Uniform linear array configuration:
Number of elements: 8
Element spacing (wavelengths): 1
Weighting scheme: kaiser
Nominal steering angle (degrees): -30
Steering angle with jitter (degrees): -30.17
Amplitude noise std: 0.05
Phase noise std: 0.05

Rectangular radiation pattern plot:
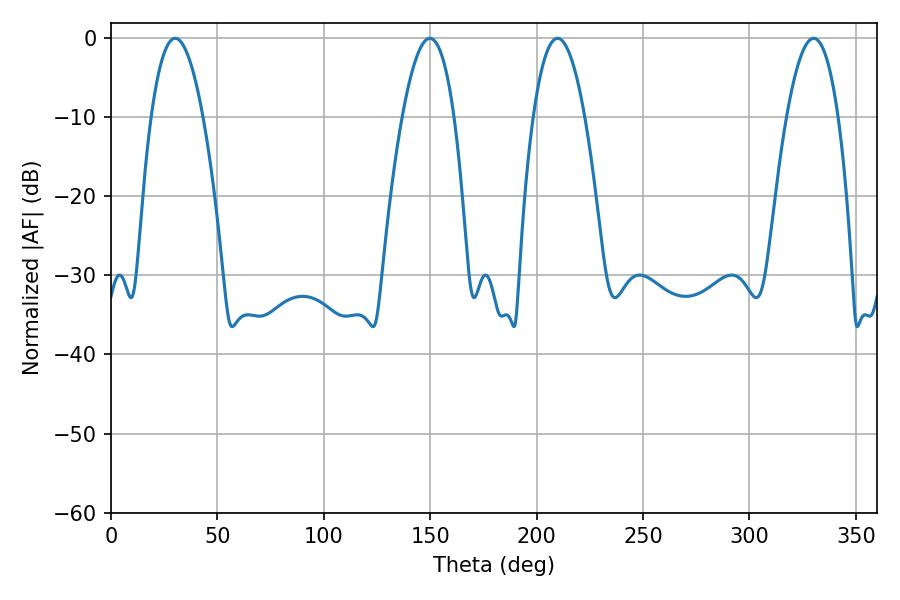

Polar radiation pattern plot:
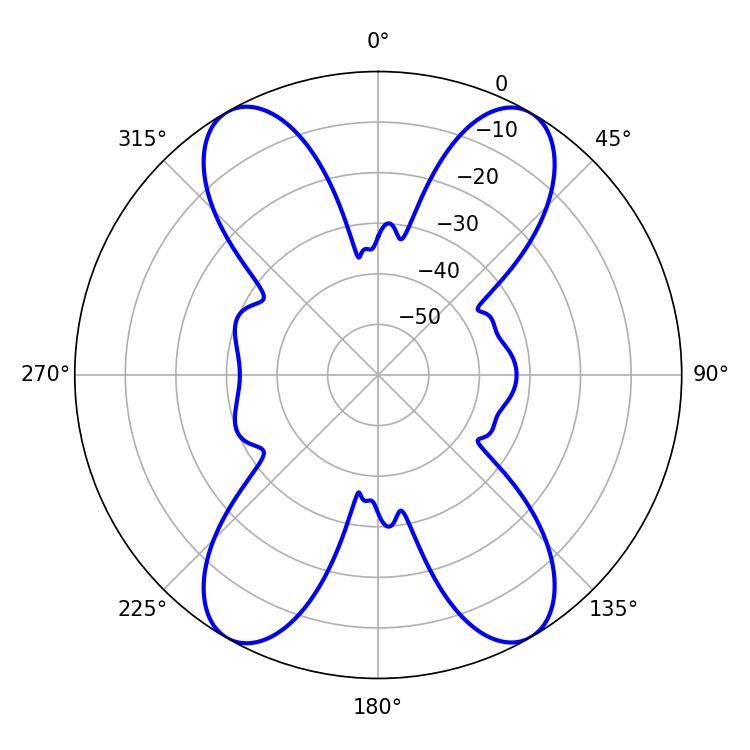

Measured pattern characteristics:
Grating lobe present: TRUE
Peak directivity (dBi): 26.807
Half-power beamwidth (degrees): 13.32
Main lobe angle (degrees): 209.88